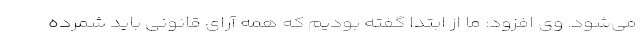
می‌شود. وی افزود: ما از ابتدا گفته بودیم که همه آرای قانونی باید شمرده